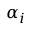
\alpha _ { i }